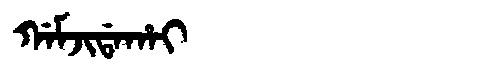
Manchu: ᡤᠠᠮᠵᡳᡩᠠᡥᠠᡳ
Romanization: GAMJIDAHAI